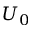
U _ { 0 }